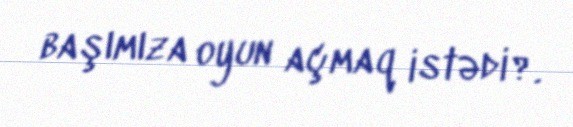
başımıza oyun açmaq istədi?.